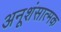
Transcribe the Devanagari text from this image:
अनूशंसात्मक